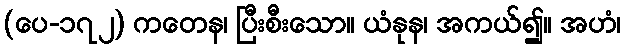
(ပေ-၁၇၂) ကတေန၊ ပြီးစီးသော။ ယံနုန၊ အကယ်၍။ အဟံ၊